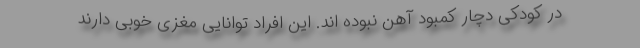
در کودکی دچار کمبود آهن نبوده اند. این افراد توانایی‌ مغزی خوبی دارند